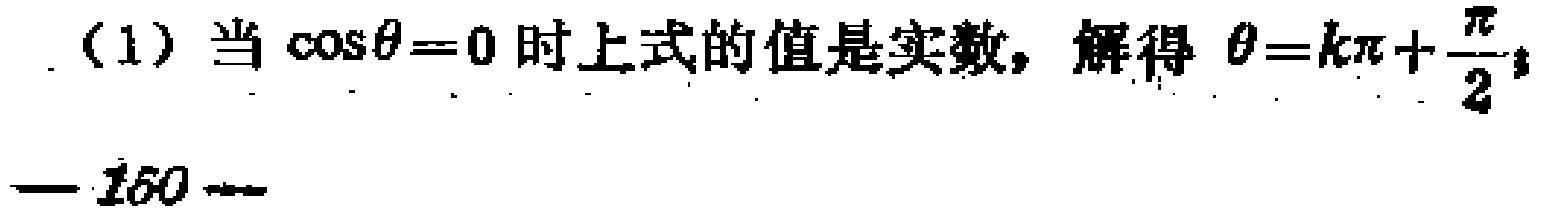
（1）当\(\cos\theta = 0\)时上式的值是实数，解得\(\theta = k\pi+\frac{\pi}{2}\)；
— \(160\) —